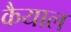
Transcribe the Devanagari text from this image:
कैयाल